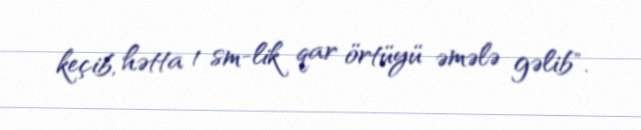
keçib, hətta 1 sm-lik qar örtüyü əmələ gəlib".